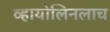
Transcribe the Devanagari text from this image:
व्हायोलिनलाच